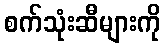
စက်သုံးဆီများကို